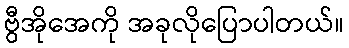
ဗွီအိုအေကို အခုလိုပြောပါတယ်။